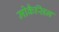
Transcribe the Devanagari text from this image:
मोकैसिन